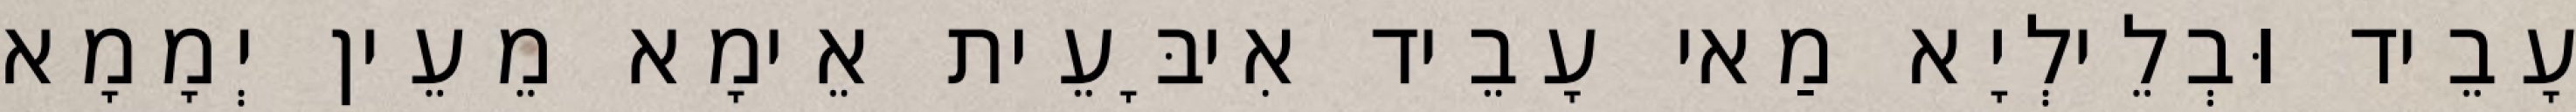
עָבֵיד וּבְלֵילְיָא מַאי עָבֵיד אִיבָּעֵית אֵימָא מֵעֵין יְמָמָא